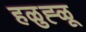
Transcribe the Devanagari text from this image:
हळुह्ळू